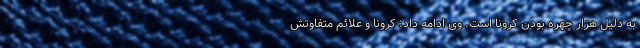
به دلیل هزار چهره بودن کرونا است. وی ادامه داد: کرونا و علائم متفاوتش